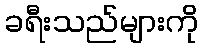
ခရီးသည်များကို